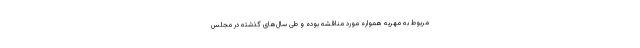
مربوط به مهریه همواره مورد مناقشه بوده و طی سال‌های گذشته در مجلس